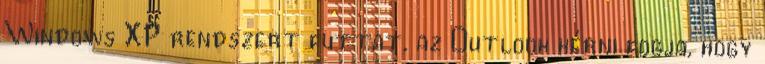
Windows XP rendszert futtat, az Outlook kérni fogja, hogy